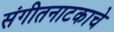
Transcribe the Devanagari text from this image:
संगीतनाटकाचे